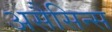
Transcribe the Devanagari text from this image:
असैसिन्स